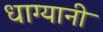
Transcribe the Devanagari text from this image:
धाग्यानी